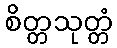
စိတ္တသုတ္တံ